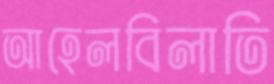
আহেলবিলাতি